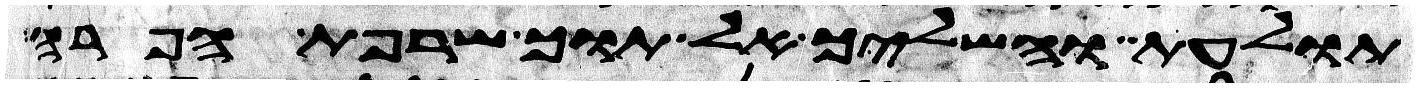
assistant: תולעת והשליך אל תוך שרפת הפרה